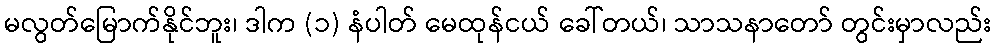
မလွတ်မြောက်နိုင်ဘူး၊ ဒါက (၁) နံပါတ် မေထုန်ငယ် ခေါ်တယ်၊ သာသနာတော် တွင်းမှာလည်း